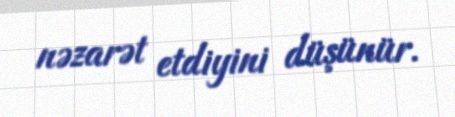
nəzarət etdiyini düşünür.